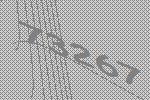
73267